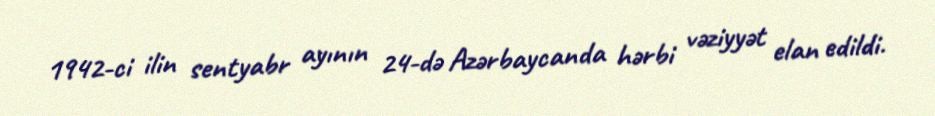
1942-ci ilin sentyabr ayının 24-də Azərbaycanda hərbi vəziyyət elan edildi.